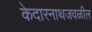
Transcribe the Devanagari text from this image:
केदारनाथजवळील